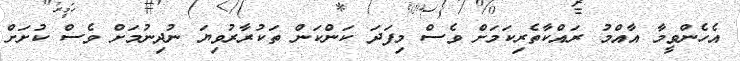
އެހެންވީމާ އާއްމު ރައްކާތެރިކަމަށް ވެސް މިފަދަ ކަންކަން ތަކުރާރުވިޔަ ނުދިނުމަށް ވެސް ކުށަށް